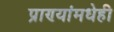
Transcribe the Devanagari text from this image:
प्राण्यांमधेही